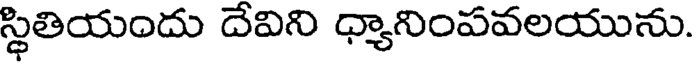
స్థితియందు దేవిని ధ్యానింపవలయును.